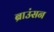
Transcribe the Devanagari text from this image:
ब्राउंसन